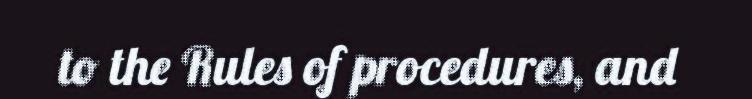
to the Rules of procedures, and